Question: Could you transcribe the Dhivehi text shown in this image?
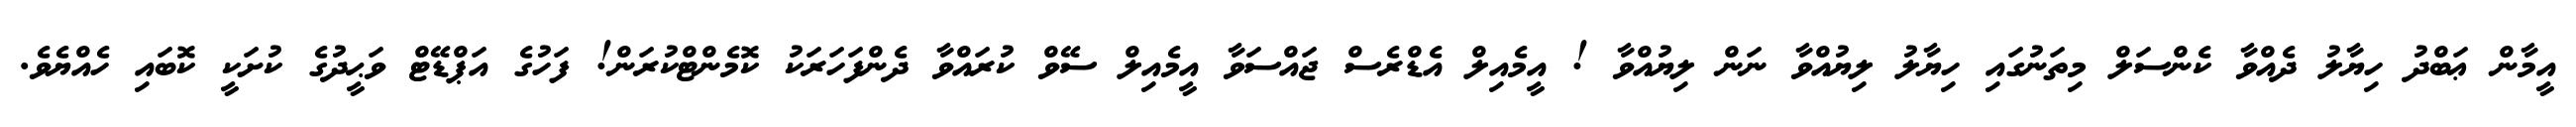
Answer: އީމާން ޢަބްދު ހިޔާލު ދެއްވާ ކެންސަލް މިތަނުގައި ހިޔާލު ލިޔުއްވާ ނަން ލިޔުއްވާ ! އީމެއިލް އެޑްރެސް ޖައްސަވާ އީމެއިލް ސޭވް ކުރައްވާ ދެންފަހަރަކު ކޮމެންޓްކުރަން! ފަހުގެ އަޕްޑޭޓް ވަޙީދުގެ ކުށަކީ ކޮބައި ހެއްޔެވެ.